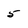
Character: 5